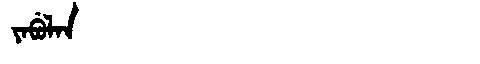
Manchu: ᠶᠠᠪᡠᠯᠠᠨ
Romanization: YABULAN